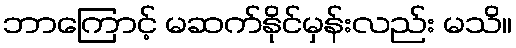
ဘာကြောင့် မဆက်နိုင်မှန်းလည်း မသိ။